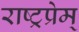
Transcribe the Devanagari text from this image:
राष्ट्रप्रेम्